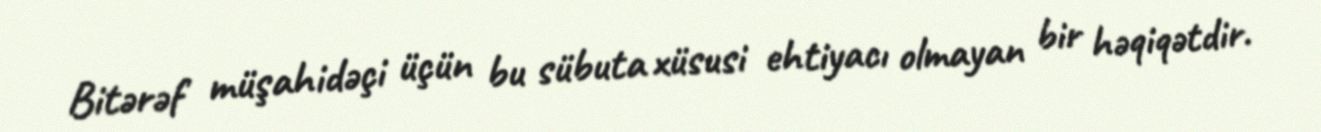
Bitərəf müşahidəçi üçün bu sübuta xüsusi ehtiyacı olmayan bir həqiqətdir.